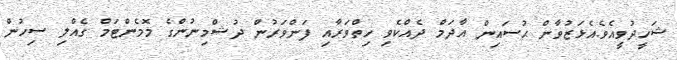
ޝަހީދުވީއެވެ.އެޅަޒުވާން ޙުސައިން އާދަމް ދެއްކެވި ހިތްވަރާއި ފަންވަރުން ދުޝްމިނުންގެ މޮމެންޓަމް ގެއްލި ސިހުން